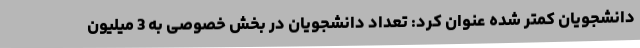
دانشجویان کمتر شده عنوان کرد: تعداد دانشجویان در بخش خصوصی به 3 میلیون